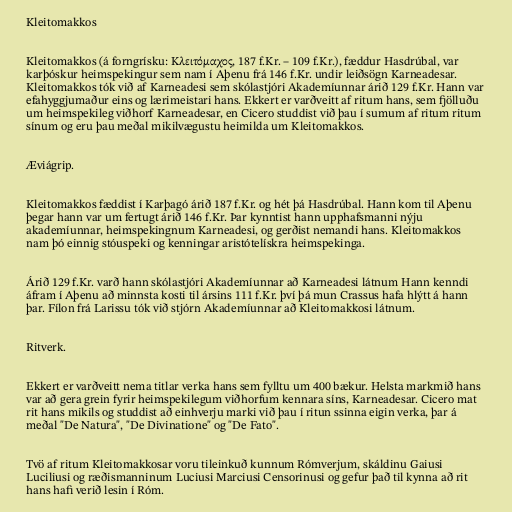
Kleitomakkos

Kleitomakkos (á forngrísku: Κλειτόμαχος, 187 f.Kr. – 109 f.Kr.), fæddur Hasdrúbal, var
karþóskur heimspekingur sem nam í Aþenu frá 146 f.Kr. undir leiðsögn Karneadesar.
Kleitomakkos tók við af Karneadesi sem skólastjóri Akademíunnar árið 129 f.Kr. Hann var
efahyggjumaður eins og lærimeistari hans. Ekkert er varðveitt af ritum hans, sem fjölluðu
um heimspekileg viðhorf Karneadesar, en Cicero studdist við þau í sumum af ritum ritum
sínum og eru þau meðal mikilvægustu heimilda um Kleitomakkos.

Æviágrip.

Kleitomakkos fæddist í Karþagó árið 187 f.Kr. og hét þá Hasdrúbal. Hann kom til Aþenu
þegar hann var um fertugt árið 146 f.Kr. Þar kynntist hann upphafsmanni nýju
akademíunnar, heimspekingnum Karneadesi, og gerðist nemandi hans. Kleitomakkos
nam þó einnig stóuspeki og kenningar aristótelískra heimspekinga.

Árið 129 f.Kr. varð hann skólastjóri Akademíunnar að Karneadesi látnum Hann kenndi
áfram í Aþenu að minnsta kosti til ársins 111 f.Kr. því þá mun Crassus hafa hlýtt á hann
þar. Fílon frá Larissu tók við stjórn Akademíunnar að Kleitomakkosi látnum.

Ritverk.

Ekkert er varðveitt nema titlar verka hans sem fylltu um 400 bækur. Helsta markmið hans
var að gera grein fyrir heimspekilegum viðhorfum kennara síns, Karneadesar. Cicero mat
rit hans mikils og studdist að einhverju marki við þau í ritun ssinna eigin verka, þar á
meðal "De Natura", "De Divinatione" og "De Fato".

Tvö af ritum Kleitomakkosar voru tileinkuð kunnum Rómverjum, skáldinu Gaiusi
Luciliusi og ræðismanninum Luciusi Marciusi Censorinusi og gefur það til kynna að rit
hans hafi verið lesin í Róm.